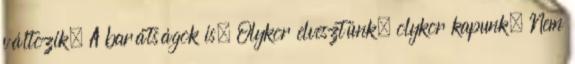
változik. A barátságok is. Olykor elvesztünk, olykor kapunk. Nem